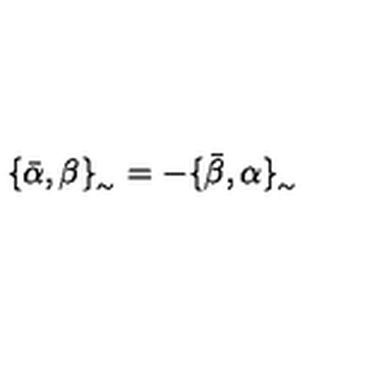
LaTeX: \{ \bar { \alpha } , \beta \} _ { _ { \sim } } = - \{ \bar { \beta } , \alpha \} _ { _ { \sim } }